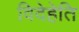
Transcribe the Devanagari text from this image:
विदेहेति